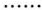
……